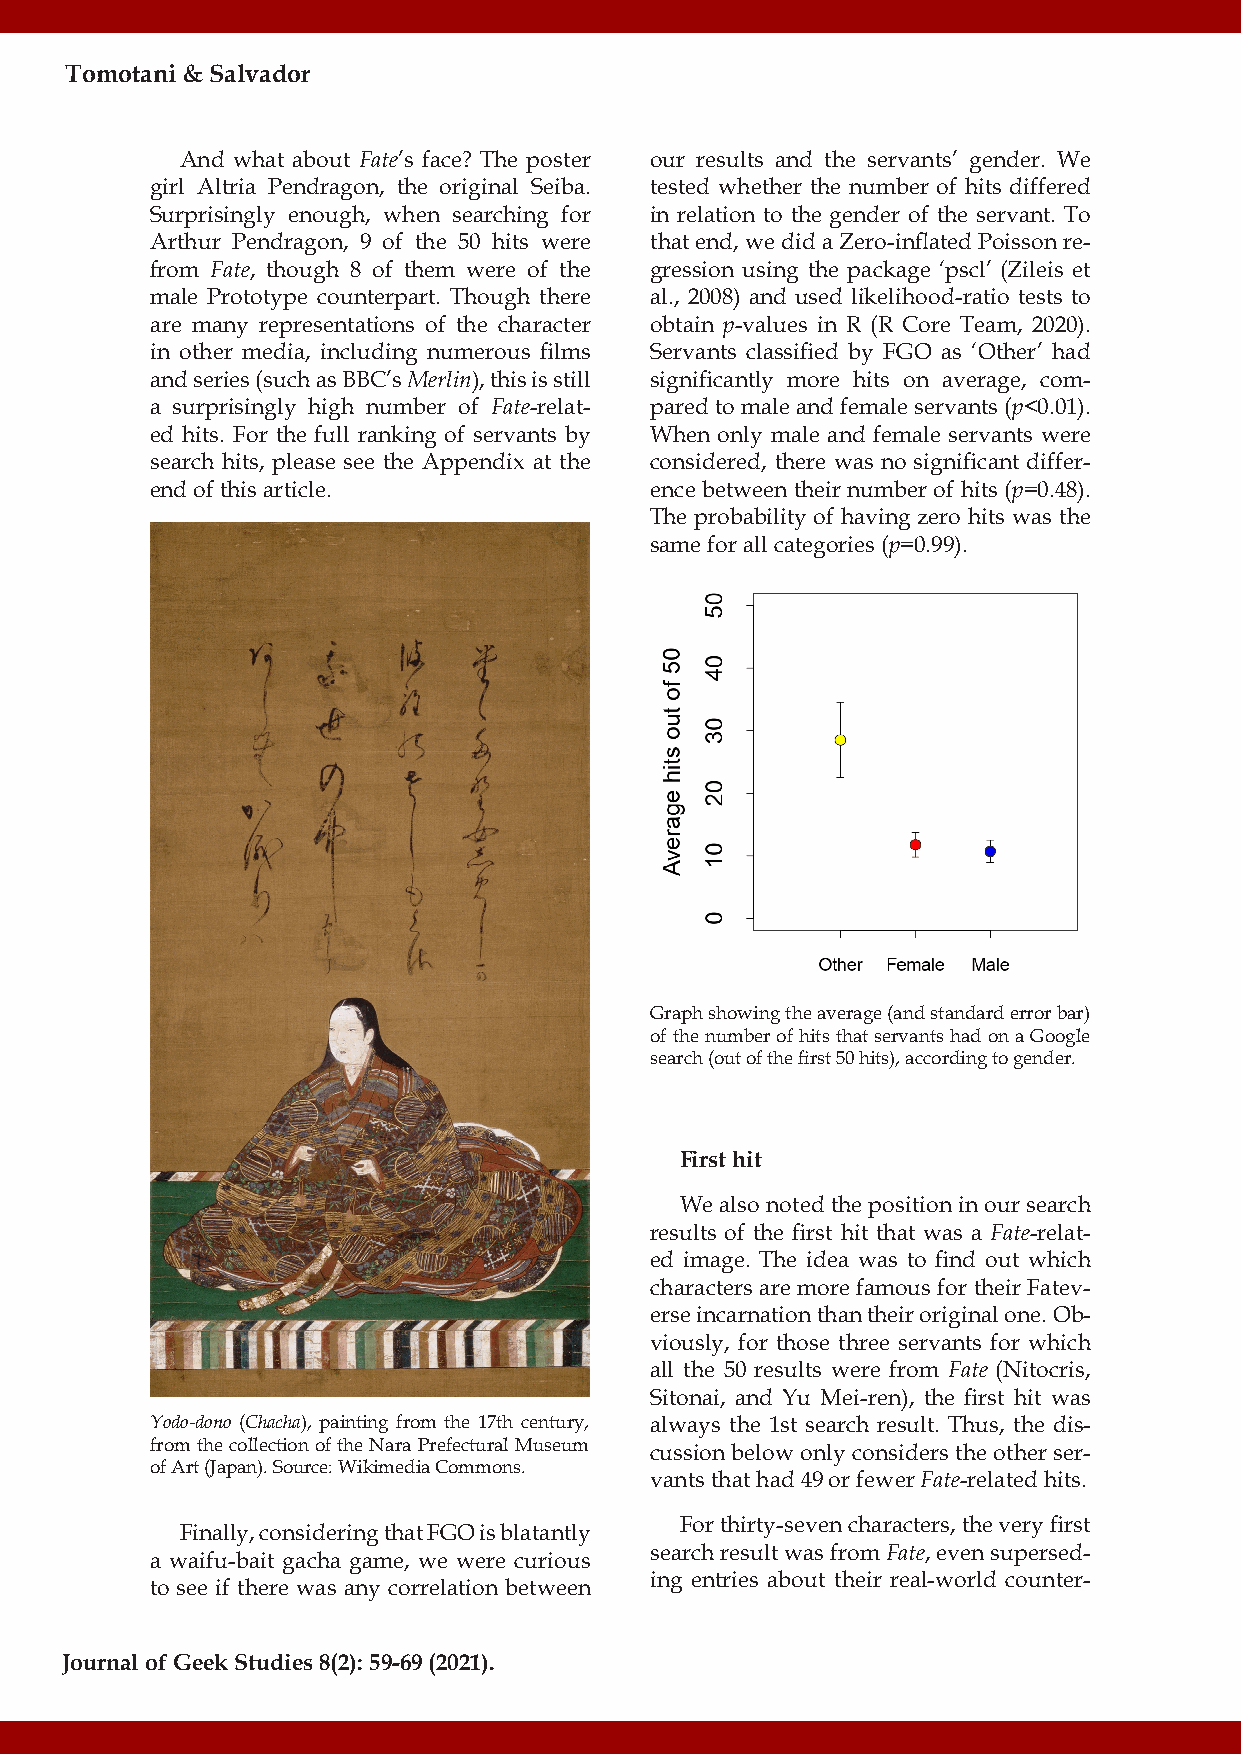
Tomotani & Salvador
 And what about Fate’s face? The poster our results and the servants’ gender. We
 girl Altria Pendragon, the original Seiba. tested whether the number of hits differed
 Surprisingly enough, when searching for in relation to the gender of the servant. To
 Arthur Pendragon, 9 of the 50 hits were that end, we did a Zero-inflated Poisson re-
 from Fate, though 8 of them were of the gression using the package ‘pscl’ (Zileis et
 male Prototype counterpart. Though there al., 2008) and used likelihood-ratio tests to
 are many representations of the character obtain p-values in R (R Core Team, 2020).
 in other media, including numerous films Servants classified by FGO as ‘Other’ had
 and series (such as BBC’s Merlin), this is still significantly more hits on average, com-
 a surprisingly high number of Fate-relat- pared to male and female servants (p<0.01).
 ed hits. For the full ranking of servants by When only male and female servants were
 search hits, please see the Appendix at the considered, there was no significant differ-
 end of this article.             ence between their number of hits (p=0.48).
 The probability of having zero hits was the
 same for all categories (p=0.99).
 Graph showing the average (and standard error bar)
 of the number of hits that servants had on a Google
 search (out of the first 50 hits), according to gender.
 First hit
 We also noted the position in our search
 results of the first hit that was a Fate-relat-
 ed image. The idea was to find out which
 characters are more famous for their Fatev-
 erse incarnation than their original one. Ob-
 viously, for those three servants for which
 all the 50 results were from Fate (Nitocris,
 Sitonai, and Yu Mei-ren), the first hit was
 Yodo-dono (Chacha), painting from the 17th century, always the 1st search result. Thus, the dis-
 from the collection of the Nara Prefectural Museum cussion below only considers the other ser-
 of Art (Japan). Source: Wikimedia Commons.
 vants that had 49 or fewer Fate-related hits.
 For thirty-seven characters, the very first
 Finally, considering that FGO is blatantly
 search result was from Fate, even supersed-
 a waifu-bait gacha game, we were curious
 ing entries about their real-world counter-
 to see if there was any correlation between
 Journal of Geek Studies 8(2): 59-69 (2021).